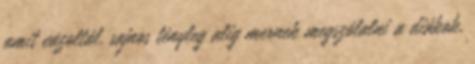
amit vázoltál, sajnos tényleg alig mernek megszólalni a diákok,